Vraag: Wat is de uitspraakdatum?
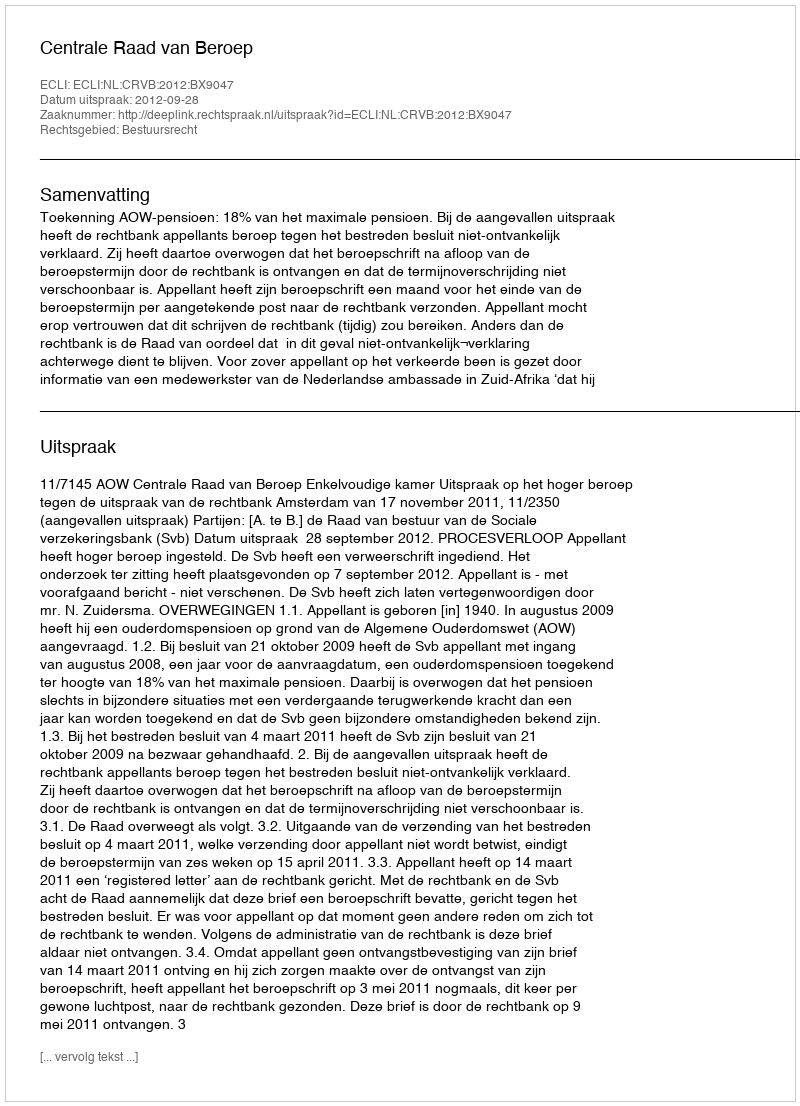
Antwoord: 2012-09-28